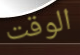
الوقت